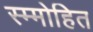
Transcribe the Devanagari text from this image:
स्म्मोहित